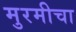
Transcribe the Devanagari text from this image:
मुरमीचा